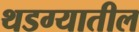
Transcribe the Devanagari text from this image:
थडग्यातील